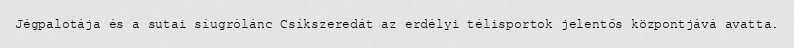
Jégpalotája és a sutai síugrólánc Csíkszeredát az erdélyi télisportok jelentős központjává avatta.